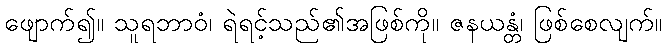
ဖျောက်၍။ သူရဘာဝံ၊ ရဲရင့်သည်၏အဖြစ်ကို။ ဇနယန္တံ၊ ဖြစ်စေလျက်။